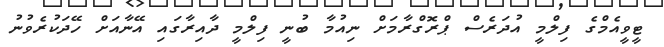
ޓީވީއެމްގެ ފިލްމީ އުދަރެސް ޕްރޮގްރާމަށް ނިއުމާ ބުނީ ފިލްމީ ދާއިރާގައި އޭނާއަށް ހޭދަކުރެވުނު